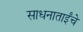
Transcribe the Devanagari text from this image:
साधनाताईंचे